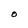
Character: 0